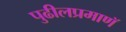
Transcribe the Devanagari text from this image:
पुढीलप्रमाणॅ